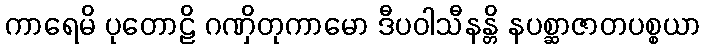
ကာရေမိ ပုတောဠိ ဂဏှိတုကာမော ဒီပဝါသီနန္တိ နပစ္ဆာဇာတပစ္စယာ